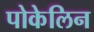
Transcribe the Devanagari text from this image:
पोकेलिन